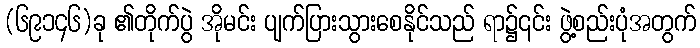
(၆၉၁၄၆)ခု ၏တိုက်ပွဲ အိုမင်း ပျက်ပြားသွားစေနိုင်သည် ရာ၌၎င်း ဖွဲ့စည်းပုံအတွက်